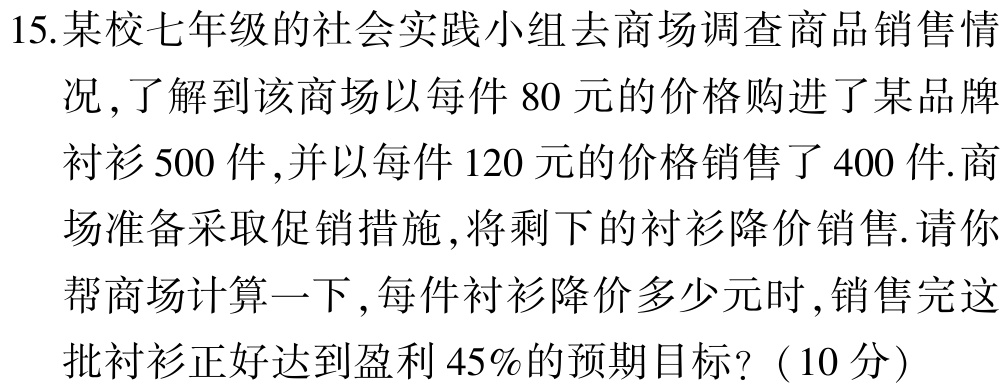
15.某校七年级的社会实践小组去商场调查商品销售情况,了解到该商场以每件80元的价格购进了某品牌衬衫500件,并以每件120元的价格销售了400件.商场准备采取促销措施,将剩下的衬衫降价销售.请你帮商场计算一下,每件衬衫降价多少元时,销售完这批衬衫正好达到盈利45%的预期目标?（10分）